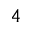
^ { 4 }